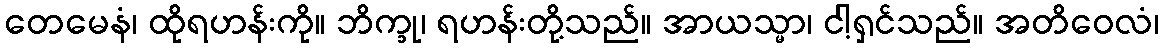
တေမေနံ၊ ထိုရဟန်းကို။ ဘိက္ခု၊ ရဟန်းတို့သည်။ အာယသ္မာ၊ ငါ့ရှင်သည်။ အတိဝေလံ၊